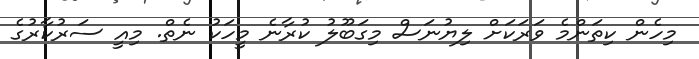
މިހެން ކިތަންމެ ވަރަކަށް ލިޔުނަސް މިގަބޫލު ކުރާނެ މީހަކު ނެތް. މިއީ ސަރުކާރުގެ